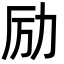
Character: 励